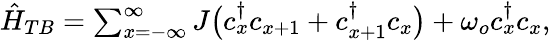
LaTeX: \begin{array}{r}{\hat{H}_{TB}=\sum_{x=-\infty}^{\infty}J\big(c_{x}^{\dagger}c_{x+1}+c_{x+1}^{\dagger}c_{x}\big)+\omega_{o}c_{x}^{\dagger}c_{x},}\end{array}